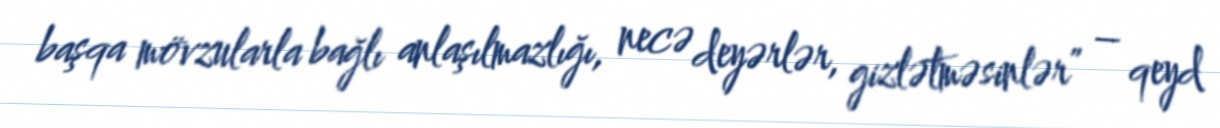
başqa mövzularla bağlı anlaşılmazlığı, necə deyərlər, gizlətməsinlər” – qeyd